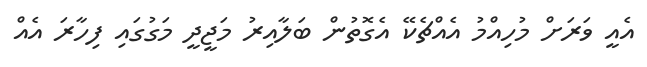
އެއީ ވަރަށް މުހިއްމު އެއްޗެކޭ އެގޮތުން ބަލާއިރު މަޖީދީ މަގުގައި ފިހާރަ އެއް